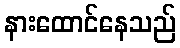
နားထောင်နေသည်